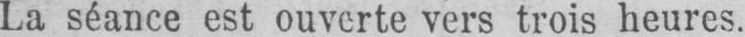
La séance est ouverte vers trois heures.